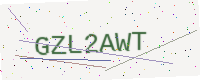
Text: GZL2AWT